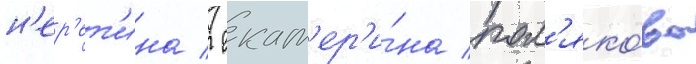
н'ер'ет'ина / екат'ер'и́на пол'яко́ва